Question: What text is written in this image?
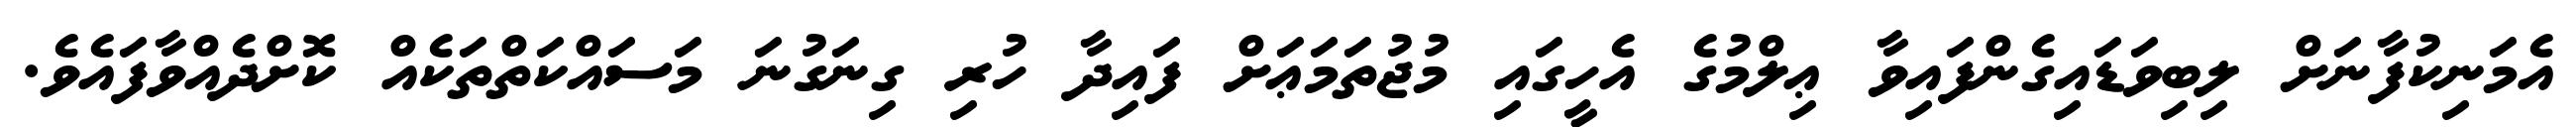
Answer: އެމަނިކުފާނަށް ލިބިވަޑައިގެންފައިވާ ޢިލްމުގެ އެހީގައި މުޖުތަމަޢަށް ފައިދާ ހުރި ގިނަގުނަ މަސައްކަތްތަކެއް ކޮށްދެއްވާފައެވެ.